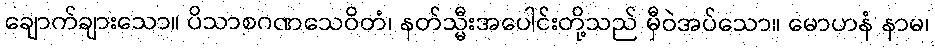
ချောက်ချားသော။ ပိသာစဂဏသေဝိတံ၊ နတ်သ္မီးအပေါင်းတို့သည် မှီဝဲအပ်သော။ မောဟနံ နာမ၊